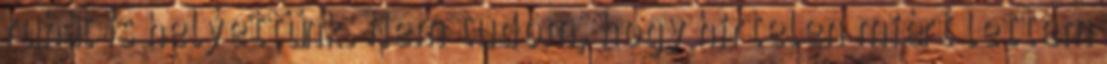
ruhát is helyettünk. Nem tudom, hogy hirtelen miért lettem